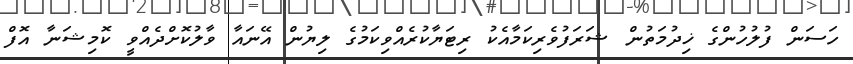
ހަސަން ފުލުހުންގެ ޚިދުމަތުން ޝަރަފުވެރިކަމާއެކު ރިޓަޔާކުރެއްވިކަމުގެ ލިޔުން އޭނައާ ވާލުކޮށްދެއްވީ ކޮމިޝަނާ އޮފް